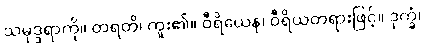
သမုဒ္ဒရာကို။ တရတိ၊ ကူး၏။ ဝီရိယေန၊ ဝီရိယတရားဖြင့်။ ဒုက္ခံ၊